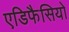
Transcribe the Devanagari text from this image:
एडिफैसियो